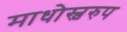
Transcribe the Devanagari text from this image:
माधोस्वरुप